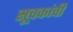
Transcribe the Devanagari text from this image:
सूचकांची